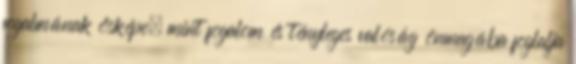
fogalmának ősképe, mint fogalom és tényleges valóság önmagába foglalja